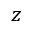
z